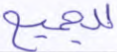
للجميع